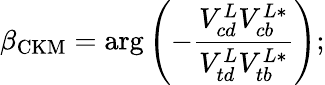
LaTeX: \beta_{\mathrm{CKM}}=\arg\left(-\frac{V_{cd}^{L}V_{cb}^{L*}}{V_{td}^{L}V_{tb}^{L*}}\right);